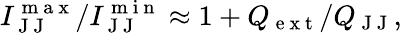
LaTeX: I_{\mathrm{~J~J~}}^{\mathrm{~m~a~x~}}/I_{\mathrm{~J~J~}}^{\mathrm{~m~i~n~}}\approx 1+Q_{\mathrm{~e~x~t~}}/Q_{\mathrm{~J~J~}},